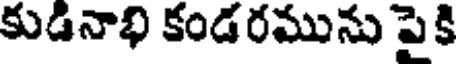
కుడినాభి కండరమును పైకి